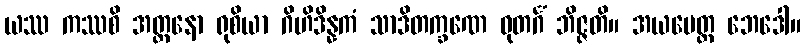
ယဿ ကဿစိ အတ္တနော ရုစိယာ ဂိဟိဒိန္နကံ သာဒိတက္ခဏေ ဓုတင်္ဂံ ဘိဇ္ဇတိ။ အယမေတ္ထ ဘေဒေါ။